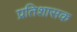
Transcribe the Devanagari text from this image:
प्रतिशासक